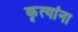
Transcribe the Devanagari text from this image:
कृत्यांना